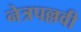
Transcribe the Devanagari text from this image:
नेत्रपल्लवी